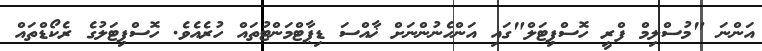
އަންނަ "މުސްލިމް ފްރީ ހޮސްޕިޓަލް"ގައި އަންހެނުންނަށް ޚާއްސަ ޑިޕާޓްމަންޓުތައް ހުރެއެވެ. ހޮސްޕިޓަލުގެ ރެކޯޑްތައް